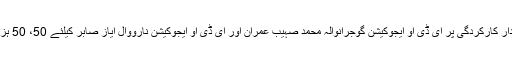
وزیراعلیٰ نے تعلیمی اہداف کے حصول میں شاندار کارکردگی پر ای ڈی او ایجوکیشن گوجرانوالہ محمد صہیب عمران اور ای ڈی او ایجوکیشن نارووال ایاز صابر کیلئے 50، 50 ہزار روپے انعام کا اعلان کیا اور انہیں شاباش دی۔